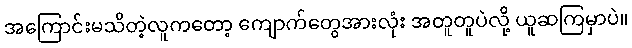
အကြောင်းမသိတဲ့လူကတော့ ကျောက်တွေအားလုံး အတူတူပဲလို့ ယူဆကြမှာပဲ။